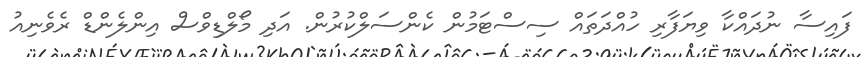
ފައިސާ ނުދައްކާ ވިޔަފާރި ހުއްދަތައް ސިސްޓަމުން ކެންސަލްކުރުން. އަދި މޯލްޑިވްސް އިންލެންޑް ރެވެނިއު